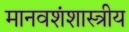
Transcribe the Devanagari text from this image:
मानवशंशास्त्रीय